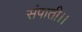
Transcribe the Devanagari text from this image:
संपाती।।